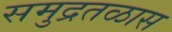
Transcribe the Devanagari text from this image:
समुद्रतळास